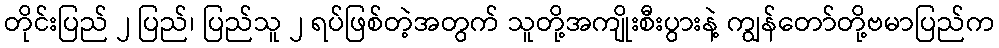
တိုင်းပြည် ၂ ပြည်၊ ပြည်သူ ၂ ရပ်ဖြစ်တဲ့အတွက် သူတို့အကျိုးစီးပွားနဲ့ ကျွန်တော်တို့ဗမာပြည်က